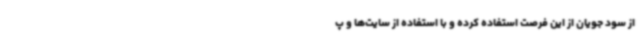
از سود جویان از این فرصت استفاده کرده و با استفاده از سایت‌ها و پ